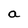
Character: a